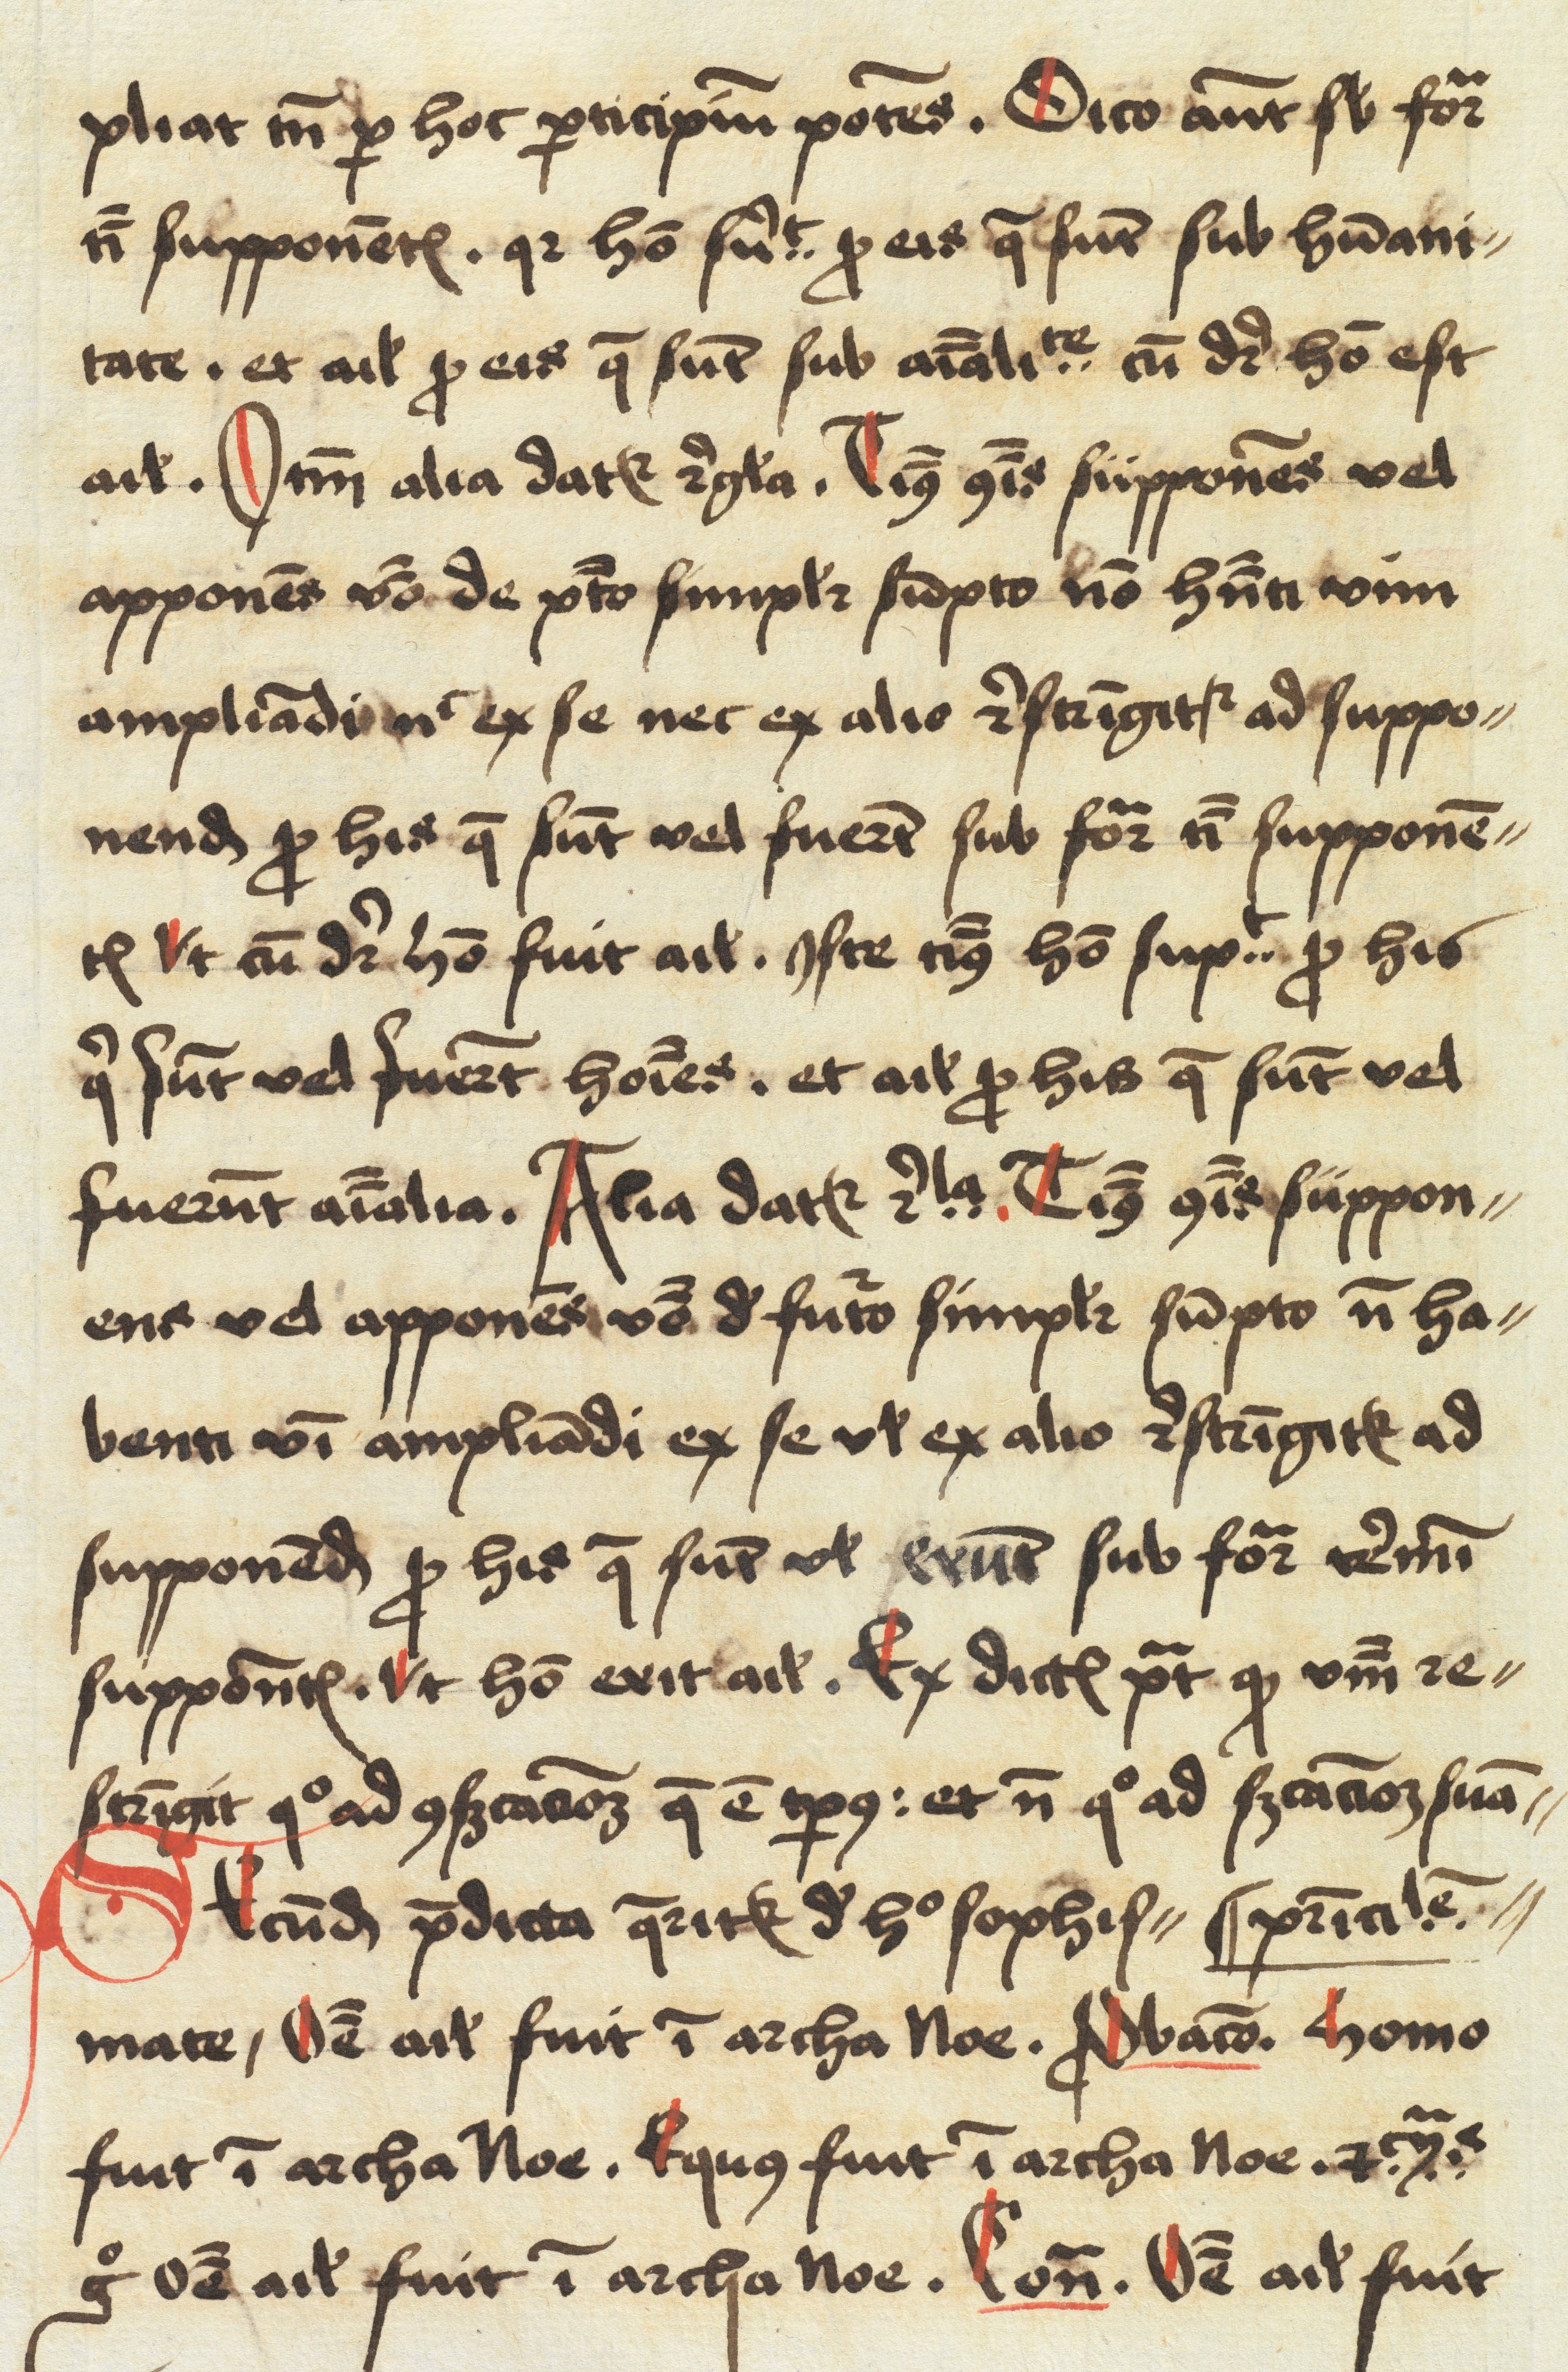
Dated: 1498–1499